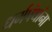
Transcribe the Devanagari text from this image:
धर्मपंथांना